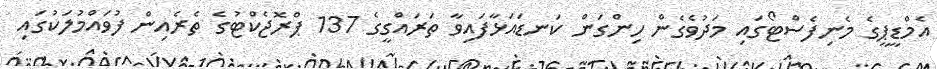
އެމްޑީޕީގެ މެނިފެސްޓޯގައި މަދުވެގެން ހިންގަން ކަނޑައަޅާފައިވާ ތަރައްގީގެ 137 ޕްރޮޖެކްޓުގެ ތެރެއިން ފުވައްމުލަކުގައި